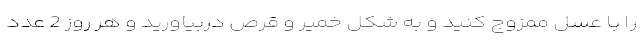
را با عسل ممزوج کنید و به شکل خمیر و قرص دربیاورید و هر روز 2 عدد